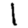
Digit: 1